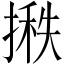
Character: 𪮞